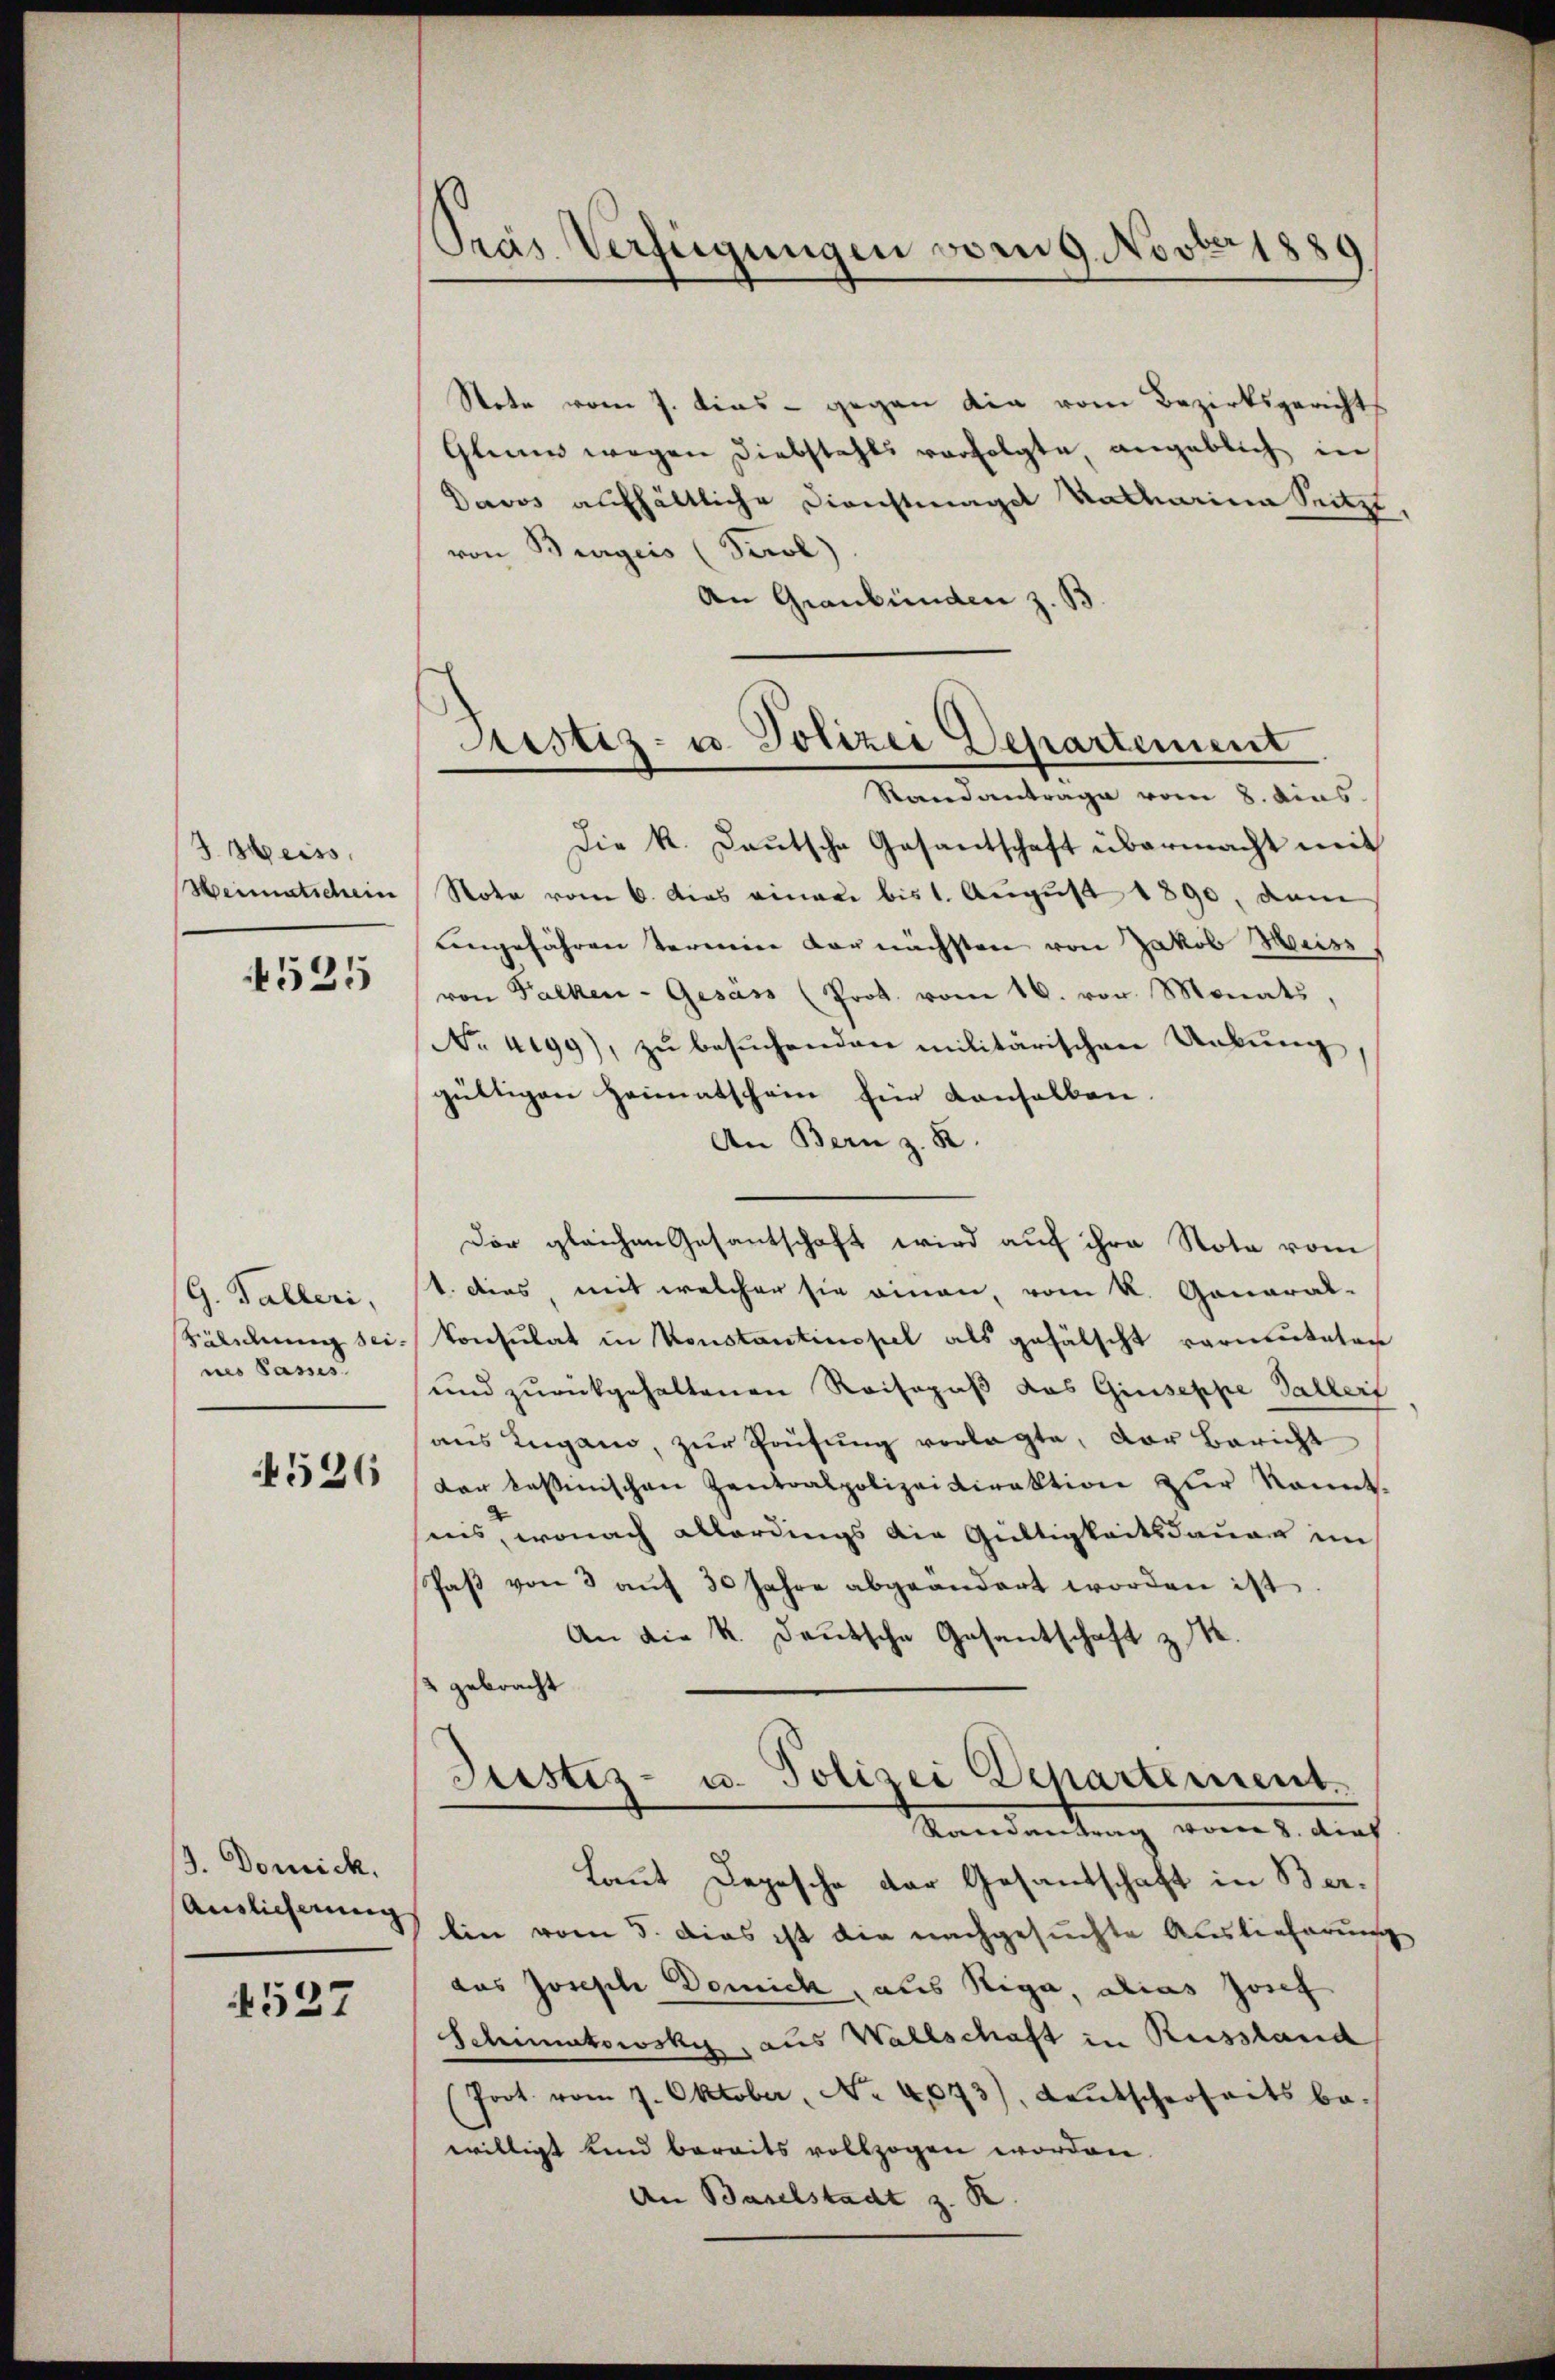
3 heiss
Weimatschein
4525

G. Falleri,
Sälidung seines Passes.

526

J. Domick.
Auslicherung

4527

Pras Verfügungen vom 9. Novber 1881

Justiz- u. Polizei Departement
Standantrage vom 8. dies

Stote vom 7. dies - gegen die vom Bezirksgerichts
Glium wegen Diebstahls verfolgte angeblich in
Davos aufhältliche Dienstmagit Katharina Setzt,
von Burgeis (Perol)
An Graubünden z. B.
Die k. Lautsche Gesantschaft übermacht mit
Note vom 6. Das einem bis 1. August 1890, dam
angefähren Termine vornächsten von Jakob Meis
von Falken-Gesán (Prot. vom 16. von Monats,
No. 4199), zu besuchenden militärischen Uebung,
gültigen Heimatschein für denselben.
An Bern z. B.
Der gleichen Gesantschaft wird auf ihre Note vom
t. Dies mit welcher sie einen, vom k. General-
Consulat in Konstantinopel als gefälscht vermuteten
und zurückgehaltenen Reisepaß das Giuseppe Galler
ans Lugano, zŭr Prüfŭng vorlagte, der Bericht
dar tessinischen Zentralpolizeidirektion zur kannt.
ins, wonach allerdings die Gültigkeitsdauer im
Paβ von 3 aŭf 30 Jahre abgeändert worden ist
An die K. Deutsche Gesantschaft z.
2 gebracht
Justiz- u. Polizei Departement.
Mandante ich
Laut Depesche der Gesandschaft in Berlin vom 5. Das ist die nachgesuchte Auslieferung
das Joseph Domich, aus Riga, alias Josef
Schimatowsky, aus Wallschaft in Reissland
(Joot vom 7. Oktober, No 4,073), Leŭtscherheits be-
willigt sind bereits vollzogen worden.
An Baselstadt z. R.